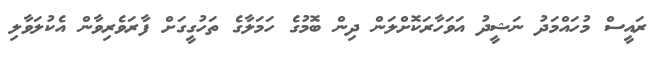
ރައީސް މުހައްމަދު ނަޝީދު އަވަހާރަކޮށްލަން ދިން ބޮމުގެ ހަމަލާގެ ތަހުގީގަށް ފާރަވެރިވާން އެކުލަވާލި